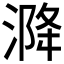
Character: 𰜡